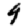
Digit: 9